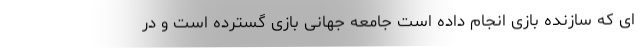
ای که سازنده بازی انجام داده است جامعه جهانی بازی گسترده است و در